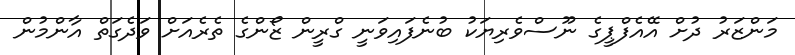
މަންޒަރު ދުށް އޭއެފްޕީގެ ނޫސްވެރިޔަކު ބުނެފައިވަނީ ގްރީން ޒޯންގެ ތެރެއަށް ވަދެގަތް އާންމުން